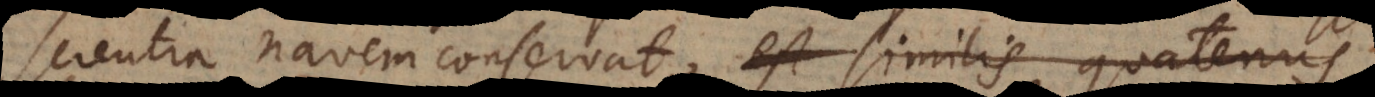
navem conservat, est similis quatenus